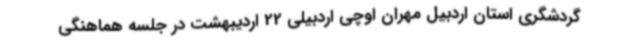
گردشگری استان اردبیل مهران اوچی اردبیلی 22 اردیبهشت در جلسه هماهنگی